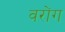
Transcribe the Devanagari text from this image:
वरोंग